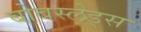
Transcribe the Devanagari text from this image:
बोबस्लेड्स